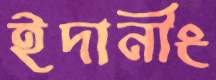
ইদানীং